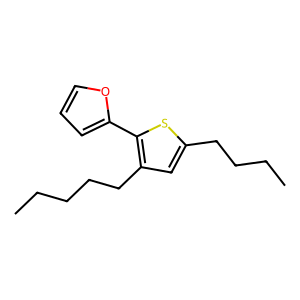
SMILES: CCCCCc1cc(CCCC)sc1-c1ccco1
Inhibits HIV replication: No